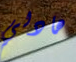
هادلي